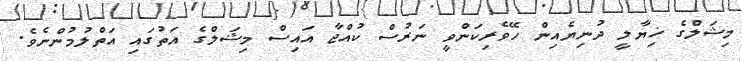
މިޝަލްގެ ޚިޔާލީ ދުނިޔެއިން ހޭވެރިކަންވީ ނަރުސް ކުއްޖާ އައިސް މިޝަލްގެ އަތުގައި އަތްލުމުންނެވެ.